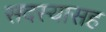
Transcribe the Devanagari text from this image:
सदस्यासह